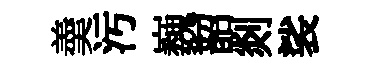
羮污巍韶剡裟